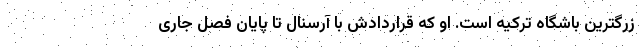
زرگترین باشگاه ترکیه است. او که قراردادش با آرسنال تا پایان فصل جاری